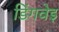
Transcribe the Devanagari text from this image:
डिंगवेइ